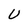
Character: U